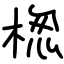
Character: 楤